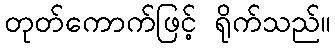
တုတ်ကောက်ဖြင့် ရိုက်သည်။